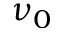
\nu _ { 0 }